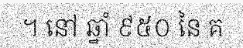
។ នៅ ឆ្នាំ ៩៥០ នៃ គ